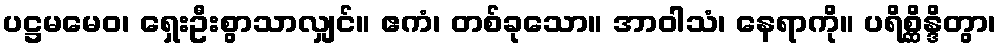
ပဋ္ဌမမေဝ၊ ရှေးဦးစွာသာလျှင်။ ဧကံ၊ တစ်ခုသော။ အာဝါသံ၊ နေရာကို။ ပရိစ္ဆိန္ဒိတွာ၊